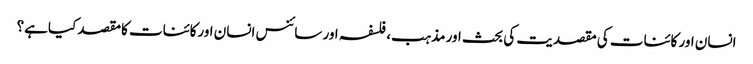
انسان اور کائنات کی مقصدیت کی بحث اور مذہب، فلسفہ اور سائنس انسان اورکائنات کامقصد کیاہے؟